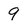
Character: 9